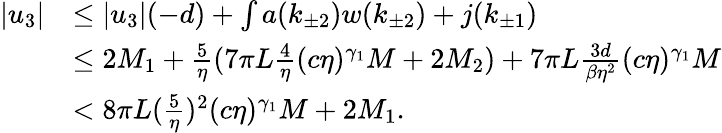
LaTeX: \begin{array}{rl}{\vert u_{3}\vert}&{\le\vert u_{3}\vert(-d)+\int a(k_{\pm 2})w(k_{\pm 2})+j(k_{\pm 1})}\\ &{\le 2M_{1}+\frac 5\eta(7\pi L\frac 4\eta(c\eta)^{\gamma_{1}}M+2M_{2})+7\pi L\frac{3d}{\beta\eta^{2}}(c\eta)^{\gamma_{1}}M}\\ &{<8\pi L(\frac 5\eta)^{2}(c\eta)^{\gamma_{1}}M+2M_{1}.}\end{array}